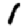
Digit: 1